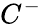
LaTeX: C^{-}